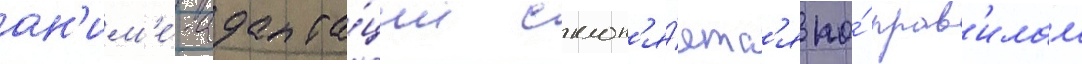
ан'им'е́-адапта́ции склон'я́етс'я по́ прав'илам